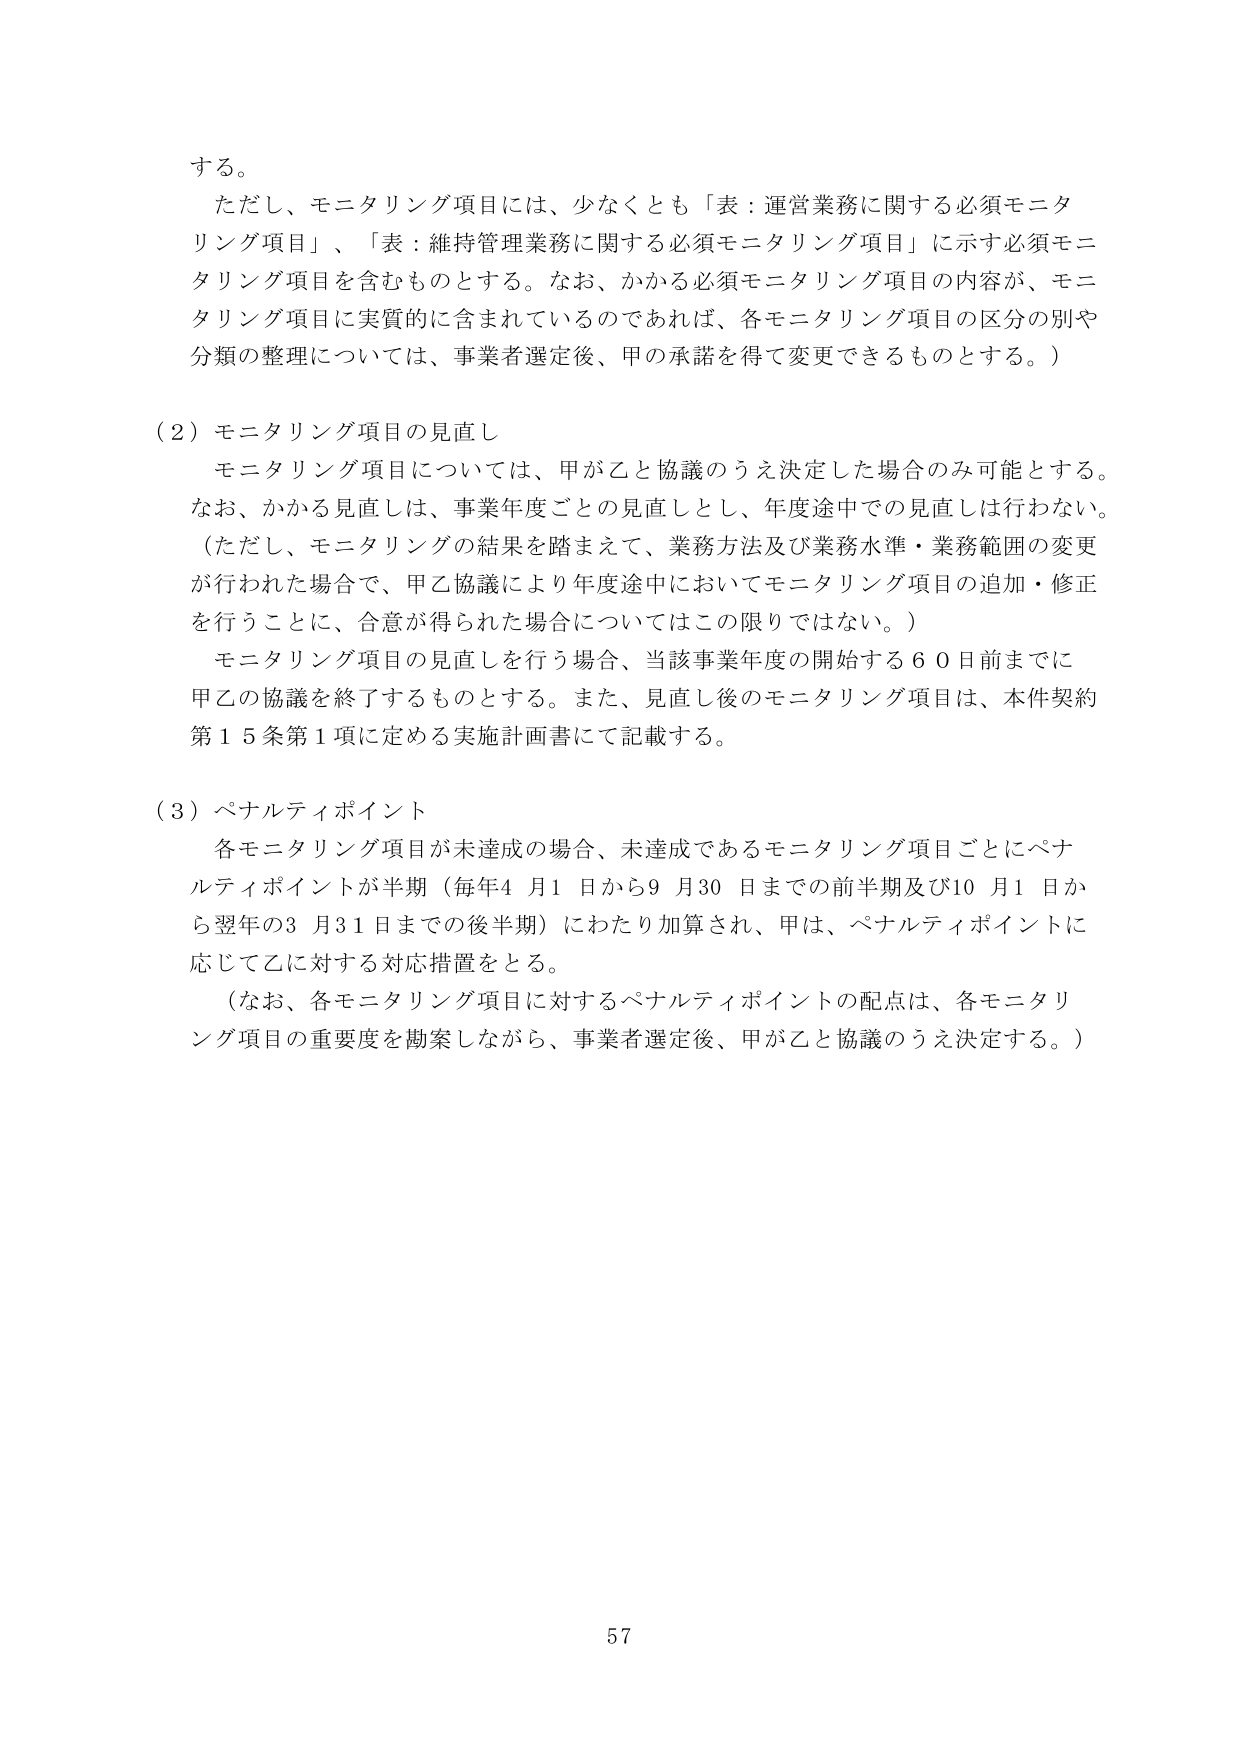
する。

ただし、モニタリング項目には、少なくとも「表：運営業務に関する必須モニタリング項目」、「表：維持管理業務に関する必須モニタリング項目」に示す必須モニタリング項目を含むものとする。なお、かかる必須モニタリング項目の内容が、モニタリング項目に実質的に含まれているのであれば、各モニタリング項目の区分の別や分類の整理については、事業者選定後、甲の承諾を得て変更できるものとする。）

（２）モニタリング項目の見直し

モニタリング項目については、甲が乙と協議のうえ決定した場合のみ可能とする。なお、かかる見直しは、事業年度ごとの見直しとし、年度途中での見直しは行わない。（ただし、モニタリングの結果を踏まえて、業務方法及び業務水準・業務範囲の変更が行われた場合で、甲乙協議により年度途中においてモニタリング項目の追加・修正を行うことに、合意が得られた場合についてはこの限りではない。）

モニタリング項目の見直しを行う場合、当該事業年度の開始する６０日前までに甲乙の協議を終了するものとする。また、見直し後のモニタリング項目は、本件契約第１５条第１項に定める実施計画書にて記載する。

（３）ペナルティポイント

各モニタリング項目が未達成の場合、未達成であるモニタリング項目ごとにペナルティポイントが半期（毎年４月１日から９月30日までの前半期及び10月１日から翌年の３月31日までの後半期）にわたり加算され、甲は、ペナルティポイントに応じて乙に対する対応措置をとる。

（なお、各モニタリング項目に対するペナルティポイントの配点は、各モニタリング項目の重要度を勘案しながら、事業者選定後、甲が乙と協議のうえ決定する。）

57